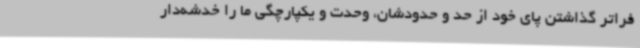
فراتر گذاشتن پای خود از حد و حدودشان، وحدت و یکپارچگی ما را خدشه‌دار